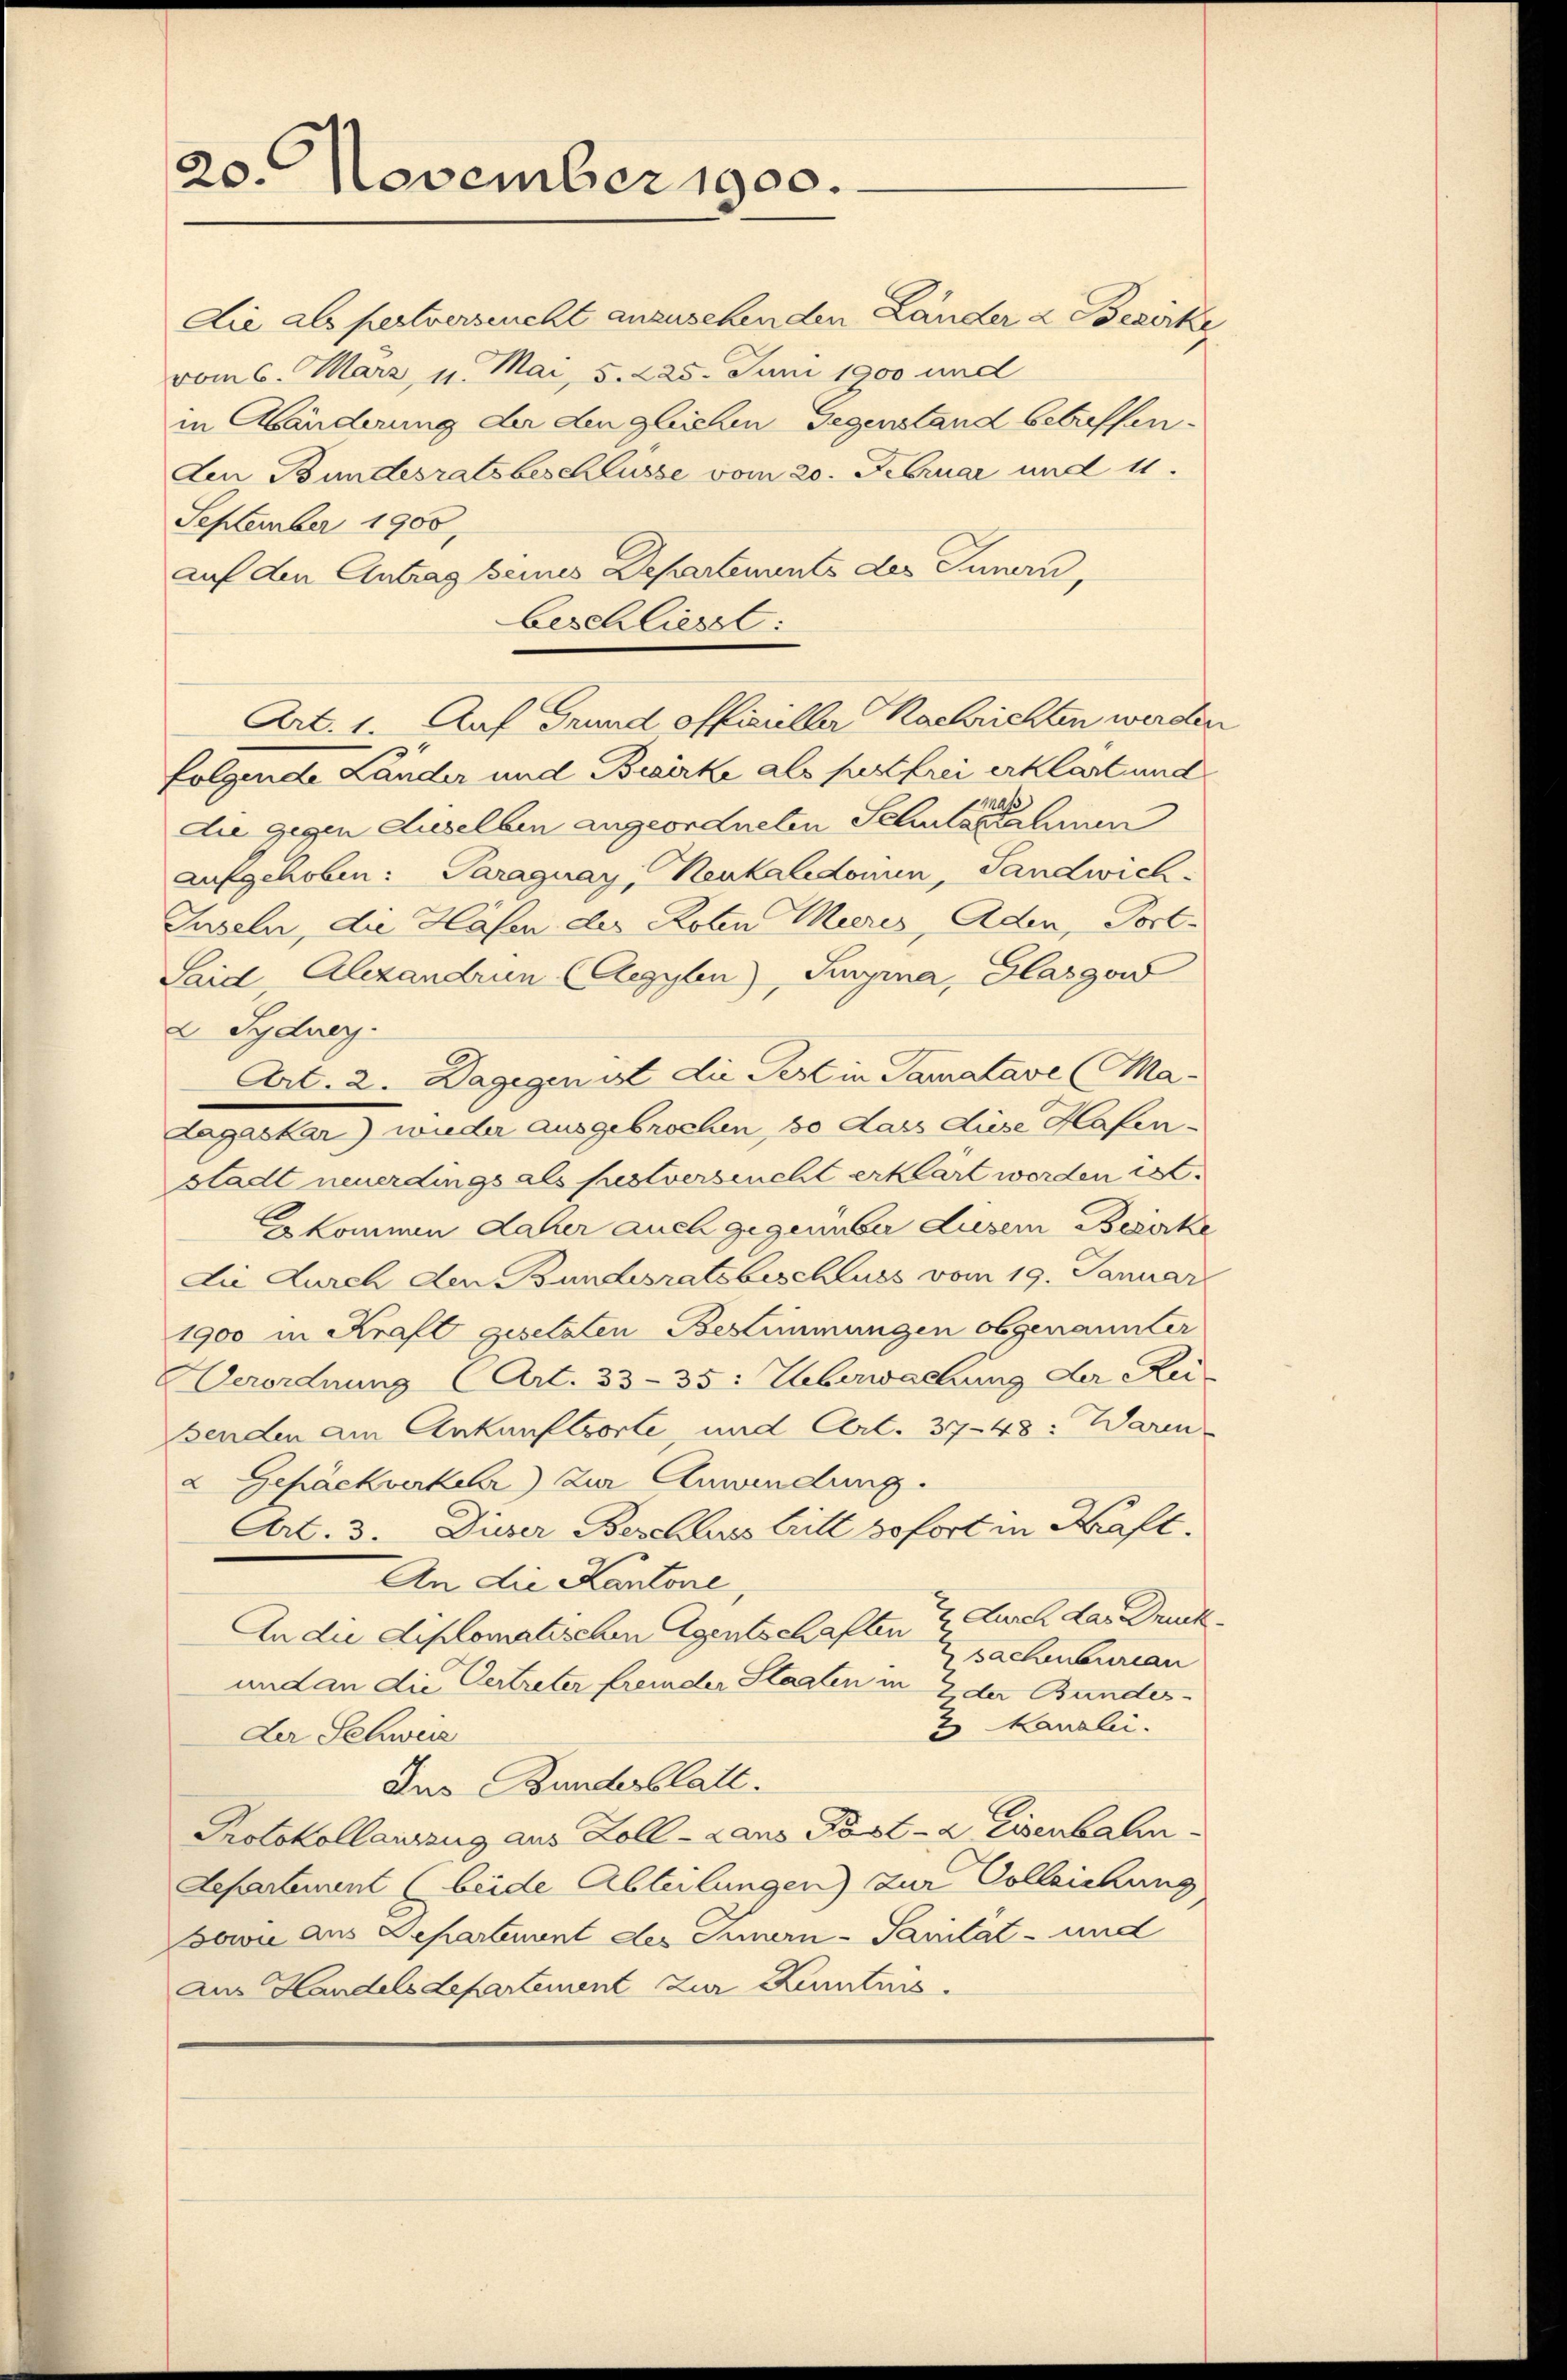
20. November 1900.

Art. 1. Auf Grund offizieller Nachrichten werden

Die als pertverseucht anzusehenden Länder & Bezirke
vom 6. März, 11. Mai, 5. 225. Juni 1900 und
in Abänderung der den gleichen Gegenstand betreffenden Bundesratsbeschlusse vom 20. Februar und 1
September 1900,
auf den Antrag beines Departements des Innern,
beschliesst:
folgende Länder und Bezirke als fustfrei erklärt und
die gegen Auselben angeordneten Schuldner eine einen
aufgehoben: Paraguay, Neukalidorum, Landwich
Suseln, die Hafen der Roten Maris, Aden, Port-
Said, Alexandrun (Aegylen) Tinyina, Glasgow
Sydney.
Art. 2. Dagegenst die Pest in Tauatave (Ma-
Lagaskar wieder ausgebrochen, so dass diese Hafen-
stadt neuerdings als festverseucht erklärt werden ist.
kommen daher auch gegenüber diesem Bezirke
Die Durch den Bundesratsbeschluss vom 19. Januar
1900 in Kraft gesetzten Bestimmungen obgenannter
Verordnung (Art. 33-35: Ueberwachung der Re-
senden am Ankunftsorte, und Art. 37-48: Waren
2 Gepäckverkehr) zur Anwendung.
Art. 3. Dieser Beschluss tritt sofort in Kraft.
An die Kantone,
An die diplomatischen Agentschaften & durch das Druck
Z sachenbureau
und an die Vertreter fremder Staaten in 2 der Bundes-
2 Kanzlei.
Der Schweiz
Ius Bundesblatt.
Protokollauszug aus Zoll-Lans Post- & Eisenbal
Departement (beide Abteilungen) zur Volleichung
Bowie aus Separtement des Innern - Sanität - und
aus Handelsdepartement zur Kenntnis.

e